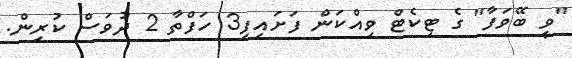
"ވީ ބޭވަފާ" ގެ ޓިކެޓް ވިއްކަން ފަށައިފި3 ހަފްތާ 2 ދުވަސް ކުރިން.